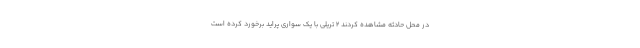
در محل حادثه مشاهده کردند 2 تریلی با یک سواری پراید برخورد کرده است